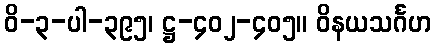
ဝိ-၃-ပါ-၃၉၅၊ ဋ္ဌ-၄၀၂-၄၀၅။ ဝိနယသင်္ဂဟ